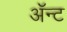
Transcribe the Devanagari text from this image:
ॲन्ट